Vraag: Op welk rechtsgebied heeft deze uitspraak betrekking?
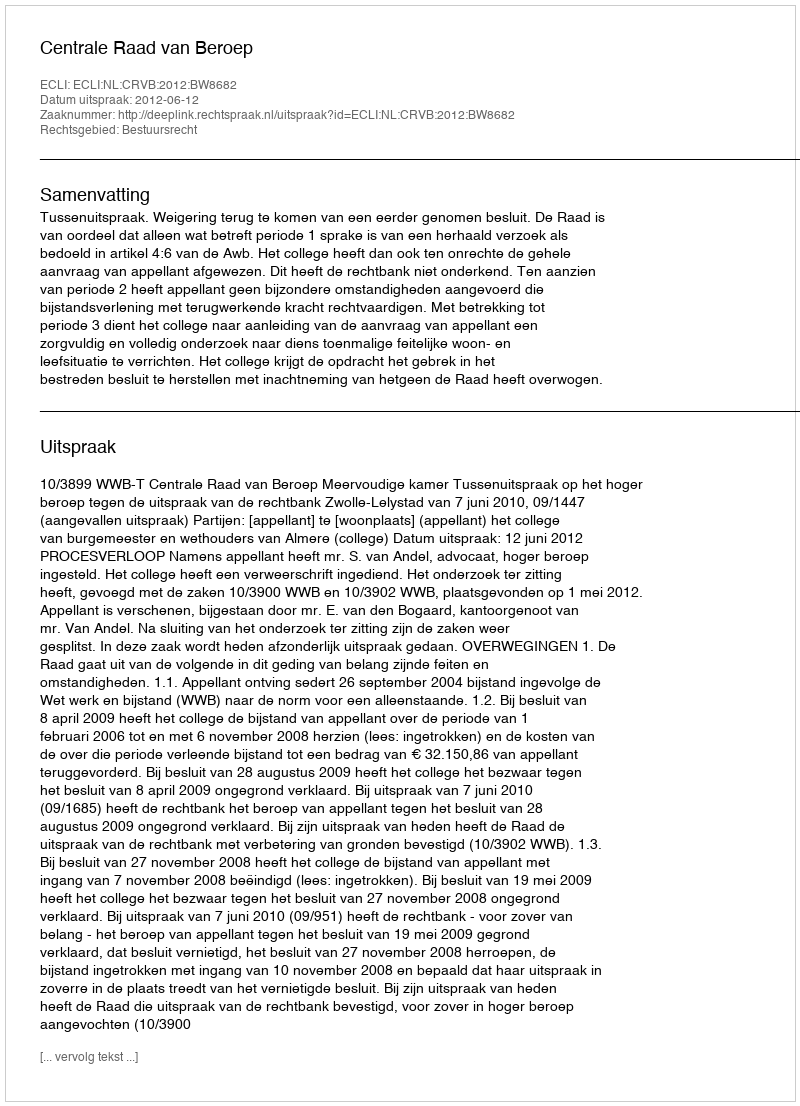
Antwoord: Bestuursrecht